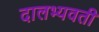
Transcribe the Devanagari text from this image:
दालभ्यवती